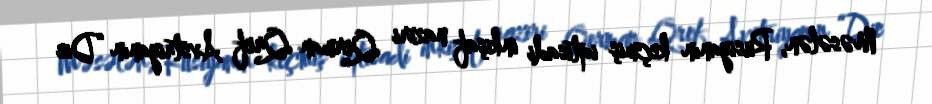
Məsələn, Rusiyanın keçmiş iqtisadi inkişaf naziri Qerman Qref Avstriyanın “Die